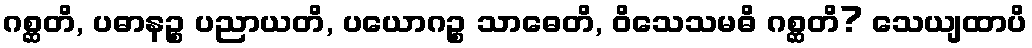
ဂစ္ဆတိ, ပဓာနဉ္စ ပညာယတိ, ပယောဂဉ္စ သာဓေတိ, ဝိသေသမဓိ ဂစ္ဆတိ? သေယျထာပိ